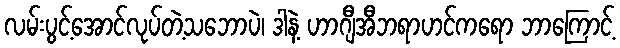
လမ်းပွင့်အောင်လုပ်တဲ့သဘောပဲ၊ ဒါနဲ့ ဟာဂျီအီဘရာဟင်ကရော ဘာကြောင့်